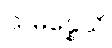
သမန္နေသိ